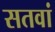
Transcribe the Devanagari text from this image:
सतवां